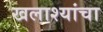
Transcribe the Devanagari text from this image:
खलाश्यांचा